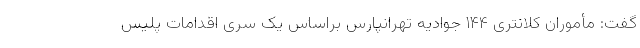
گفت: مأموران کلانتری ۱۴۴ جوادیه تهرانپارس براساس یک سری اقدامات پلیس